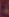
-